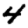
Digit: 4